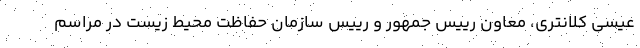
عیسی کلانتری، معاون رییس جمهور و رییس سازمان حفاظت محیط زیست در مراسم